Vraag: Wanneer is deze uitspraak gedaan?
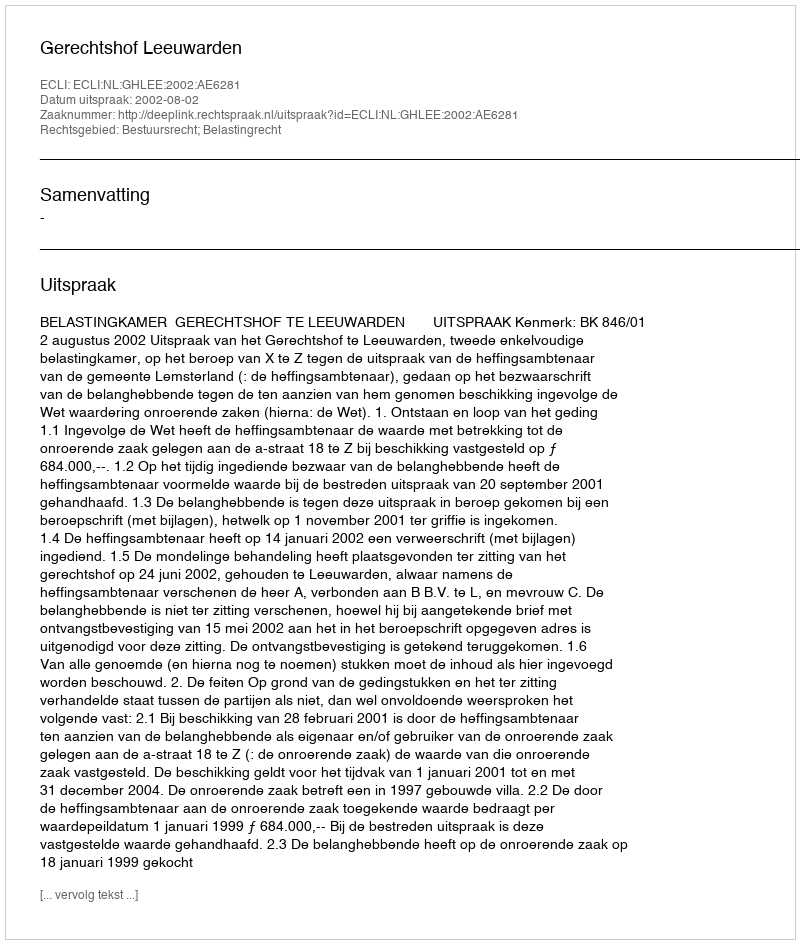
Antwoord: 2002-08-02